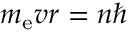
m _ { \mathrm { e } } v r = n \hbar